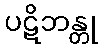
ပဋိဘန္တု